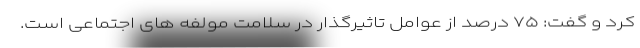
کرد و گفت: ۷۵ درصد از عوامل تاثیرگذار در سلامت مولفه های اجتماعی است.